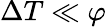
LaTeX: \Delta T\ll\varphi